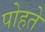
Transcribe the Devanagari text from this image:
पोहते